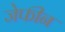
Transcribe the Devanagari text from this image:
जेफीन